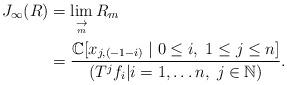
LaTeX: \begin{align*} J_{\infty}(R)&=\displaystyle\lim_{\underset{m}{\rightarrow}}R_{m}\\&=\frac{\mathbb{C}[x_{j,(-1-i)}\;|\;0\leq i,\; 1\leq j\leq n]}{( T^{j}f_{i}|i=1,\ldots n,\; j\in\mathbb{N}) }.\end{align*}